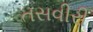
તસવીરી